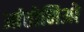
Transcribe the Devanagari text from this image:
आंतोनिओ